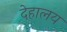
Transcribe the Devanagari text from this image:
देहालय